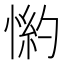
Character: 𱞺